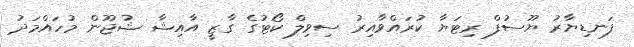
ފަނޑިޔާރު ޔޫސުފް ރިޓަޔާ ކުރައްވާއިރު ސިވިލް ކޯޓުގެ ގާޒީ އާއިޝާ ޝުޖޫން މުހައްމަދު